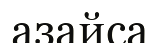
азайса